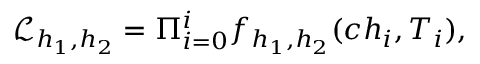
\mathcal { L } _ { h _ { 1 } , h _ { 2 } } = \Pi _ { i = 0 } ^ { i } f _ { h _ { 1 } , h _ { 2 } } ( c h _ { i } , T _ { i } ) ,